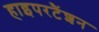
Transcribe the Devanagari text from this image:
हाइपरटैंशन